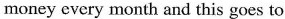
money every month and this goes to